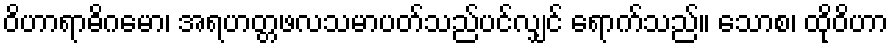
ဝိဟာရာဓိဂမော၊ အရဟတ္တဖလသမာပတ်သည်ပင်လျှင် ရောက်သည်။ သောစ၊ ထိုဝိဟာ